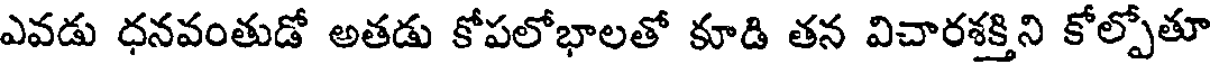
ఎవడు ధనవంతుడో అతడు కోపలోభాలతో కూడి తన విచారశక్తిని కోల్పోతూ